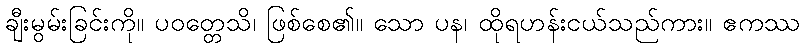
ချီးမွမ်းခြင်းကို။ ပဝတ္တေသိ၊ ဖြစ်စေ၏။ သော ပန၊ ထိုရဟန်းငယ်သည်ကား။ ဧကဿ